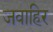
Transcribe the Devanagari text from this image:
जवाहिर